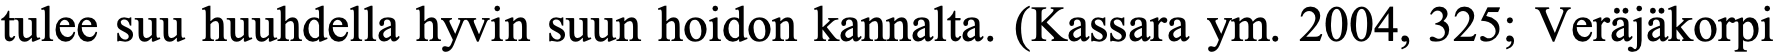
tulee suu huuhdella hyvin suun hoidon kannalta. (Kassara ym. 2004, 325; Veräjäkorpi